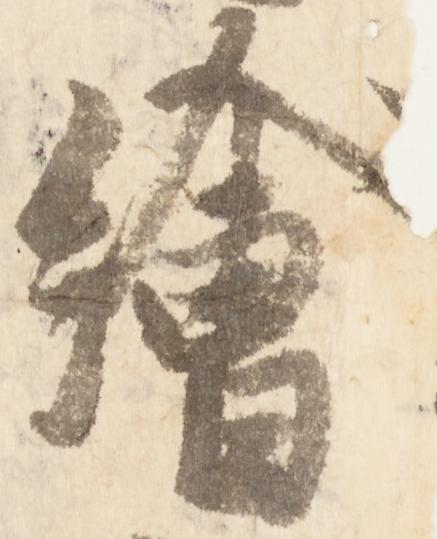
絵